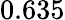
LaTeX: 0.635